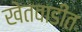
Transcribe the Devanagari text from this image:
खेतवाडीत